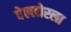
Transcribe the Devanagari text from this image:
वेल्लोरला